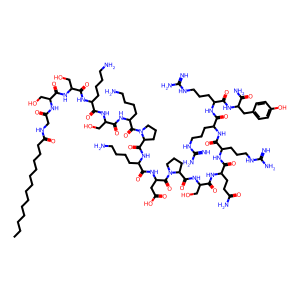
SMILES: CCCCCCCCCCCCCC(=O)NCC(=O)NC(CO)C(=O)NC(CO)C(=O)NC(CCCCN)C(=O)NC(CO)C(=O)NC(CCCCN)C(=O)N1CCCC1C(=O)NC(CCCCN)C(=O)NC(CC(=O)O)C(=O)N1CCCC1C(=O)NC(CO)C(=O)NC(CCC(N)=O)C(=O)NC(CCCNC(=N)N)C(=O)NC(CCCNC(=N)N)C(=O)NC(CCCNC(=N)N)C(=O)NC(Cc1ccc(O)cc1)C(N)=O
Inhibits HIV replication: No